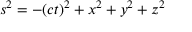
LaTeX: s ^ { 2 } = - ( c t ) ^ { 2 } + x ^ { 2 } + y ^ { 2 } + z ^ { 2 }